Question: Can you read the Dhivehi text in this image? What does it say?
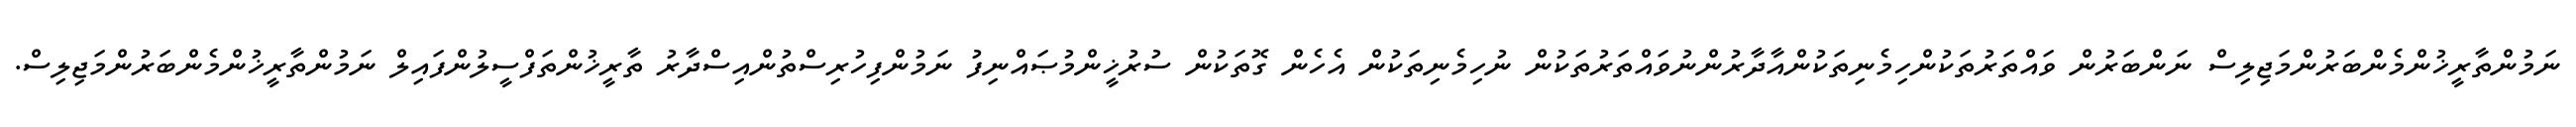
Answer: ނަމުންތާރީޚުންމެންބަރުންމަޖިލިސް ނަންބަރުން ވައްތަރުތަކުންހިމެނިތަކުންއާދާރުންނުވައްތަރުތަކުން ނުހިމެނިތަކުން އެހެން ގޮތަކުން ސުރުޚީންމުޞައްނިފު ނަމުންފިހުރިސްތުންއިސްދާރު ތާރީޚުންތަފްސީލުންފައިލް ނަމުންތާރީޚުންމެންބަރުންމަޖިލިސް.